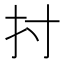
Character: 𢩭